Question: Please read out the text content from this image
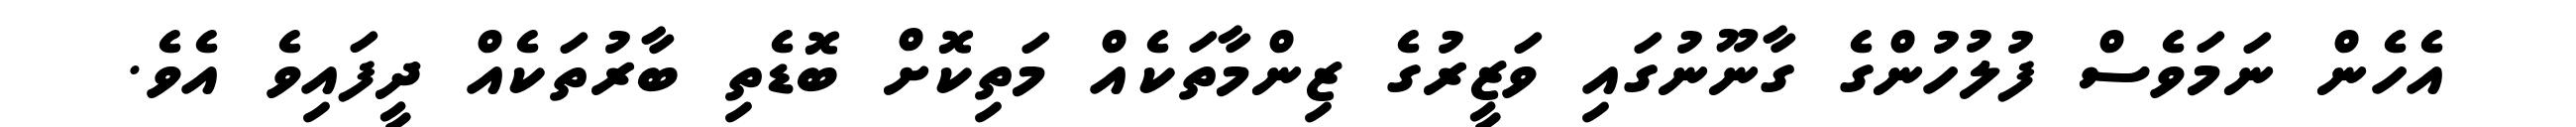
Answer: އެހެން ނަމަވެސް ފުލުހުންގެ ގާނޫނުގައި ވަޒީރުގެ ޒިންމާތަކެއް މަތިކޮށް ބޮޑެތި ބާރުތަކެއް ދީފައިވެ އެވެ.